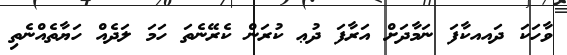
ވާހަކަ ދައއކާފަ ނަމާދަށް އަރާފަ ދުޢ ކުރަން ކެރޭނެތަ ހަމަ ލަދެއް ހަޔާތެއްނެތި